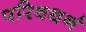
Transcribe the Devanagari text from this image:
परिवधर्न